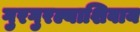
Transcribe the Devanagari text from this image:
गुरगुरल्याशिवाय